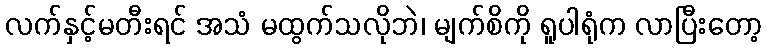
လက်နှင့်မတီးရင် အသံ မထွက်သလိုဘဲ၊ မျက်စိကို ရူပါရုံက လာပြီးတော့